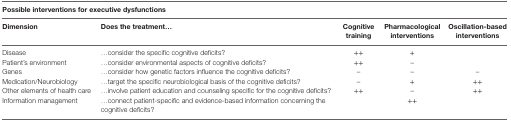
<table><thead><tr><td colspan="5"><b>Possible interventions for executive dysfunctions</b></td></tr><tr><td><b>Dimension</b></td><td><b>Does the treatment...</b></td><td><b>Cognitive training</b></td><td><b>Pharmacological interventions</b></td><td><b>Oscillation-based interventions</b></td></tr></thead><tbody><tr><td>Disease</td><td>...consider the specific cognitive deficits?</td><td>++</td><td>+</td><td>[EMPTY_CELL]</td></tr><tr><td>Patient’s environment</td><td>...consider environmental aspects of cognitive deficits?</td><td>++</td><td>–</td><td>[EMPTY_CELL]</td></tr><tr><td>Genes</td><td>...consider how genetic factors influence the cognitive deficits?</td><td>–</td><td>–</td><td>–</td></tr><tr><td>Medication/Neurobiology</td><td>...target the specific neurobiological basis of the cognitive deficits?</td><td>–</td><td>+</td><td>++</td></tr><tr><td>Other elements of health care</td><td>...involve patient education and counseling specific for the cognitive deficits?</td><td>++</td><td>–</td><td>++</td></tr><tr><td>Information management</td><td>...connect patient-specific and evidence-based information concerning the cognitive deficits?</td><td>[EMPTY_CELL]</td><td>++</td><td>[EMPTY_CELL]</td></tr></tbody></table>